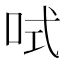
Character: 𠲧